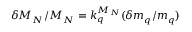
\delta M _ { N } / M _ { N } = k _ { q } ^ { M _ { N } } ( \delta m _ { q } / m _ { q } )